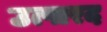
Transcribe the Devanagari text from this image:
उत्पारद